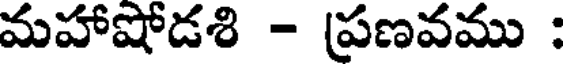
మహాషోడశి - ప్రణవము :